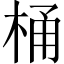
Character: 桶